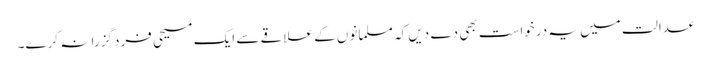
عدالت میں یہ درخواست بھی دے دیں کہ مسلمانوں کے علاقے سے ایک مسیحی فرد گزرا نہ کرے۔